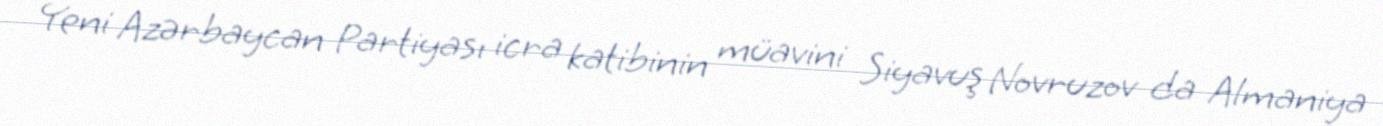
Yeni Azərbaycan Partiyası icra katibinin müavini Siyavuş Novruzov da Almaniya